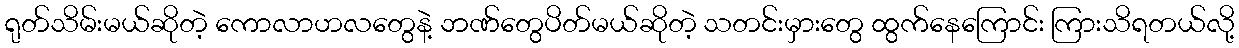
ရုတ်သိမ်းမယ်ဆိုတဲ့ ကောလာဟလတွေနဲ့ ဘဏ်တွေပိတ်မယ်ဆိုတဲ့ သတင်းမှားတွေ ထွက်နေကြောင်း ကြားသိရတယ်လို့